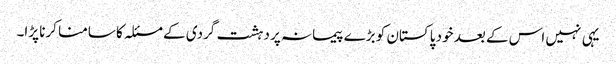
یہی نہیں اس کے بعد خود پاکستان کو بڑے پیمانہ پر دہشت گردی کے مسئلہ کا سامنا کرنا پڑا۔